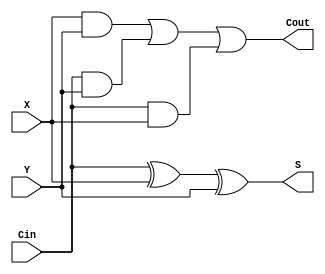
module FA(Cin,X,Y,S, Cout);
input Cin,X,Y;
output Cout,S;
assign S = Cin ^ X ^ Y;
assign Cout = (X & Y) | (Cin & Y ) | (Cin & X);

endmodule